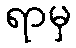
ရာမှ